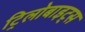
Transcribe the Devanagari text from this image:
ट्रिलोबाइट्स